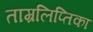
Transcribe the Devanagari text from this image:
ताम्रलिप्तिका